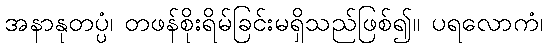
အနာနုတပ္ပံ၊ တဖန်စိုးရိမ်ခြင်းမရှိသည်ဖြစ်၍။ ပရလောကံ၊